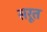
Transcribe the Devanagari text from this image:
सरूत